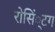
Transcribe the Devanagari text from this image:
रोसिं्टग